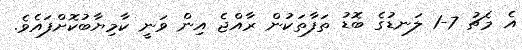
އެ މެޗު 7-1 ލަނޑުގެ ބޮޑު ތަފާތަކުން ރާއްޖެ އިން ވަނީ ކާމިޔާބުކޮށްފައެވެ.